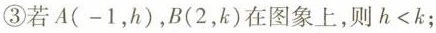
③若A(-1，h)，B(2，k)在图象上，则$$h<k$$；